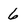
Character: 6